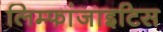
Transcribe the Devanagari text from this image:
लिम्फांजाइटिस